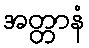
အတ္တာနံ